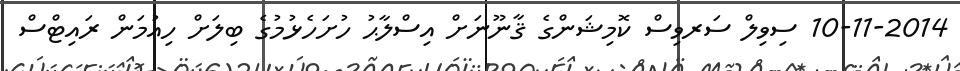
10-11-2014 ސިވިލް ސަރވިސް ކޮމިޝަންގެ ޤާނޫނަށް އިސްލާޙު ހުށަހެޅުމުގެ ބިލަށް ހިއުމަން ރައިޓްސް